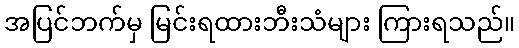
အပြင်ဘက်မှ မြင်းရထားဘီးသံများ ကြားရသည်။